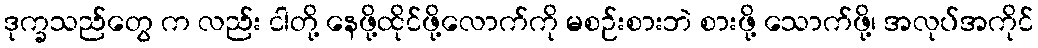
ဒုက္ခသည်တွေ က လည်း ငါတို့ နေဖို့ထိုင်ဖို့လောက်ကို မစဉ်းစားဘဲ စားဖို့ သောက်ဖို့၊ အလုပ်အကိုင်